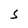
Character: S